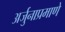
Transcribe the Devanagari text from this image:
अर्जुनाप्रमाणे